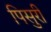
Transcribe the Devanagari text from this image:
पिसुरी